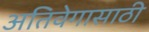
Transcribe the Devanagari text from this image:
अतिवेगासाठी